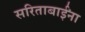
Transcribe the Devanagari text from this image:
सरिताबाईंना